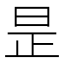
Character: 昰